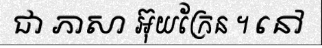
ជា ភាសា អ៊ុយក្រែន ។ នៅ